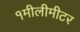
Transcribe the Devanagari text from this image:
१मीलीमीटर